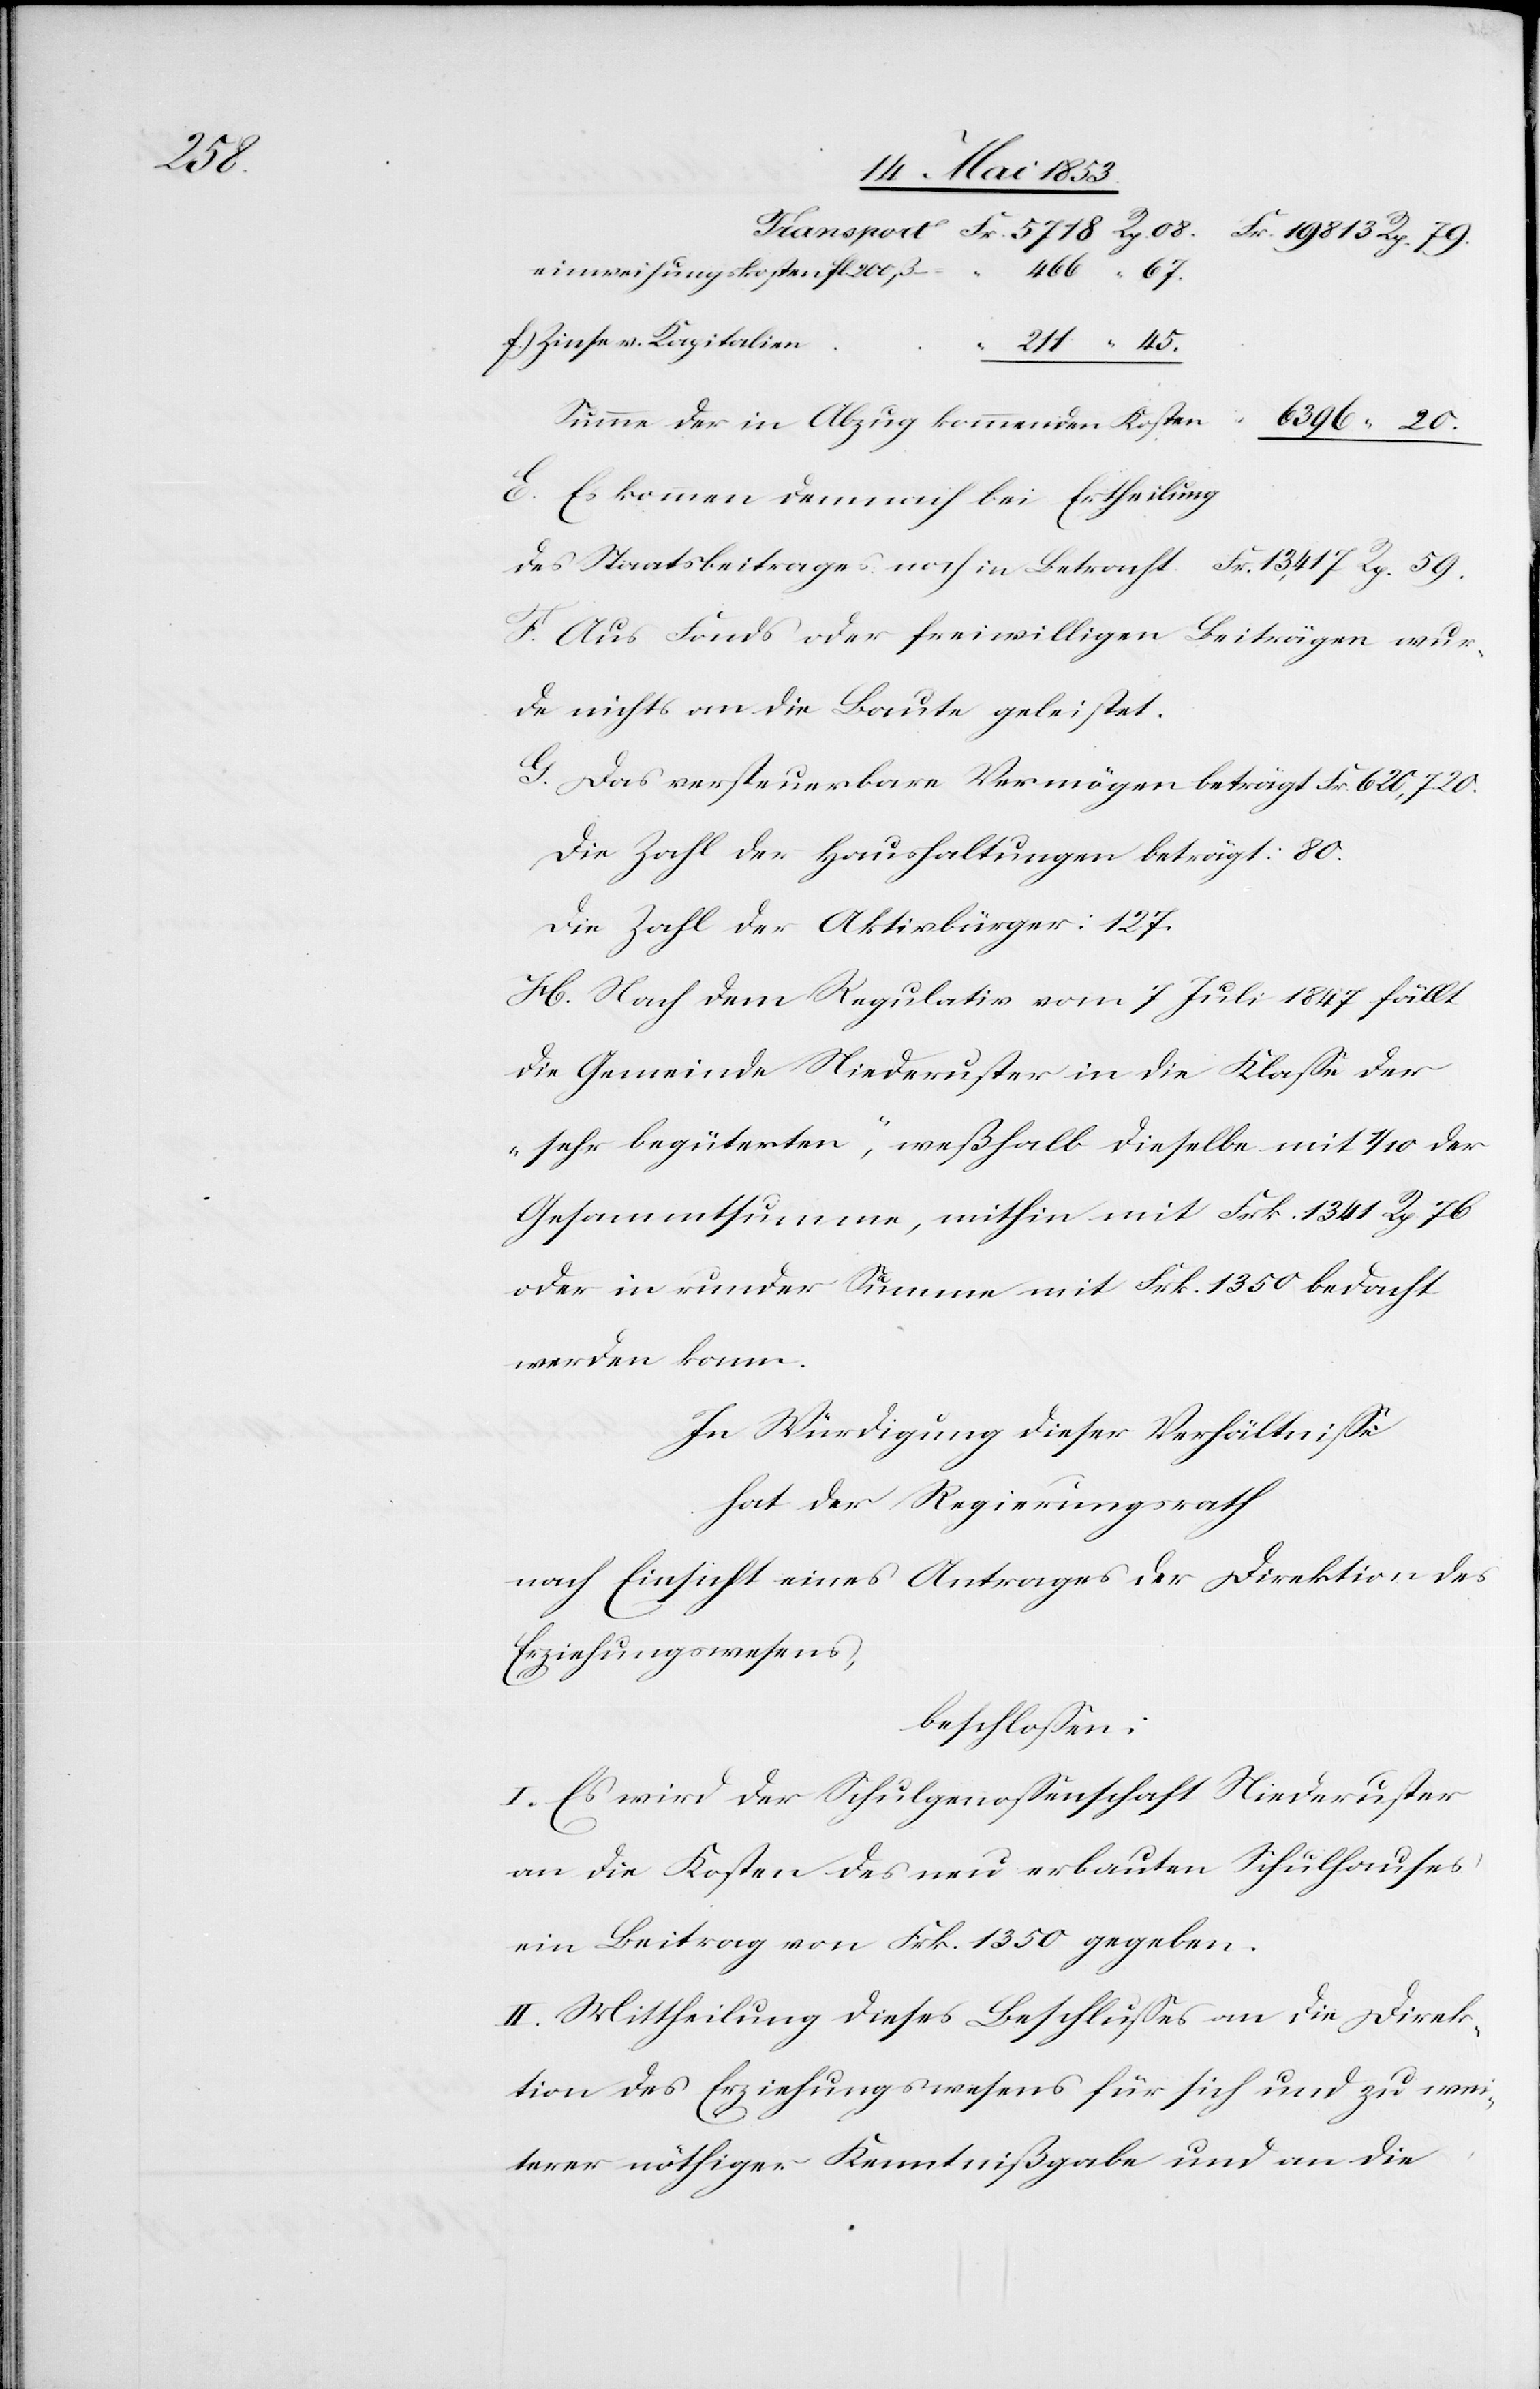
127.

Summe der in Abzug kommenden Kosten						“	6396
Es kommen demnach bei Ertheilung
des Staatsbeitrages noch in Betracht						Fr. 13, 417 Rp. 59.
F. Aus Fonds oder freiwilligen Beiträgen wur¬
de nichts an die Baute geleistet.
G. Das versteuerbare Vermögen beträgt 620,720.
Die Zahl der Haushaltungen beträgt: 80.
Die Zahl der Aktivbürger betr¬
H. Nach dem Regulativ vom 7 Juli 1847 fällt
die Gemeinde Niederuster in die Klaße der
„sehr begüterten“, weßhalb dieselbe mit 1/10 der
Gesammtsumme, mithin mit Frk. 1341 Rp. 76
oder in runder Summe mit Frk. 1350 bedacht
werden kann.
In Würdigung dieser Verhältniße
hat der Regierungsrath
nach Einsicht eines Antrages der Direktion des
Erziehungswesens,
beschloßen:
I. Es wird der Schulgenoßenschaft Niederuster
an die Kosten des neu erbauten Schulhauses
ein Beitrag von Frk. 1350 gegeben.
II. Mittheilung dieses Beschlußes an die Direk¬
tion des Erziehungswesens für sich und zu wei¬
terer nöthiger Kenntnißgabe und an die